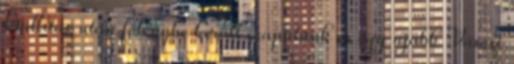
kiállítás után fölénybe került csapatunk és egy újabb Városi